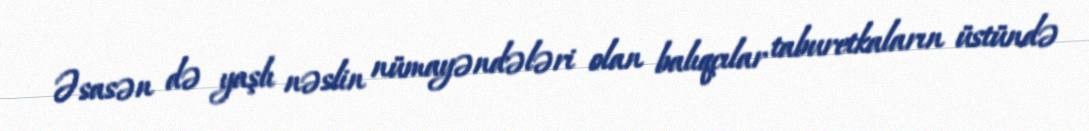
Əsasən də yaşlı nəslin nümayəndələri olan balıqçılar taburetkaların üstündə